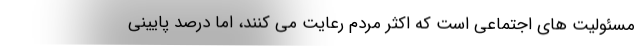
مسئولیت های اجتماعی است که اکثر مردم رعایت می کنند، اما درصد پایینی